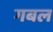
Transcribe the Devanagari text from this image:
गबल